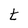
Character: t